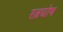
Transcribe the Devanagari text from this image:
रत्नघोष